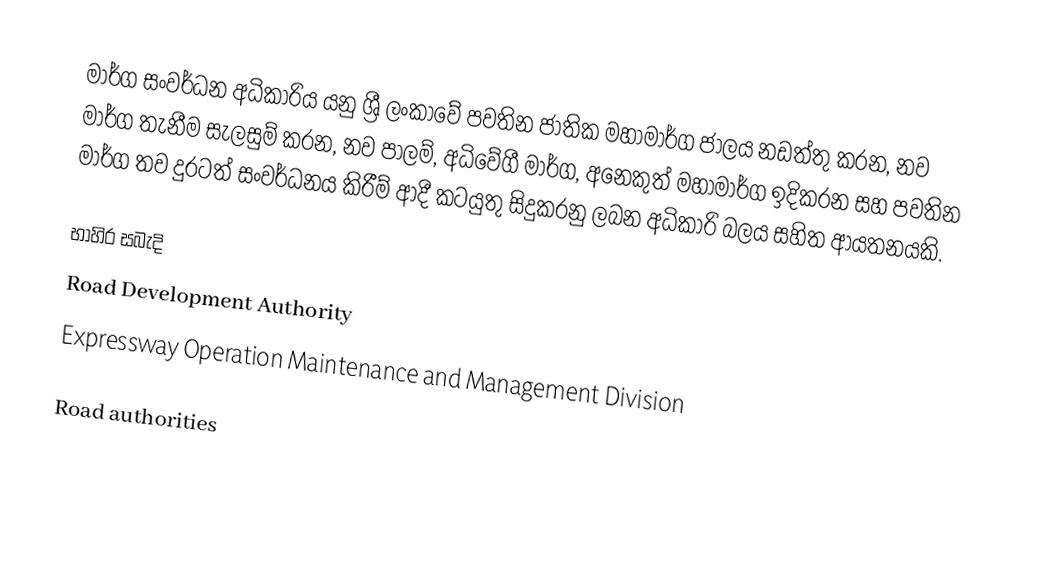
මාර්ග සංවර්ධන අධිකාරිය  යනු ශ්‍රී ලංකාවේ පවතින ජාතික මහාමාර්ග ජාලය නඩත්තු කරන, නව මාර්ග තැනීම සැලසුම් කරන, නව පාලම්, අධිවේගී මාර්ග, අනෙකුත් මහාමාර්ග ඉදිකරන සහ පවතින මාර්ග තව දුරටත් සංවර්ධනය කිරීම් ආදී කටයුතු සිදුකරනු ලබන අධිකාරි බලය සහිත ආයතනයකි.

භාහිර සබැදි
Road Development Authority
Expressway Operation Maintenance and Management Division

Road authorities